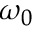
\omega _ { 0 }